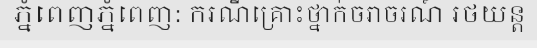
ភ្នំពេញភ្នំពេញ: ករណីគ្រោះថ្នាក់ចរាចរណ៍ រថយន្ត